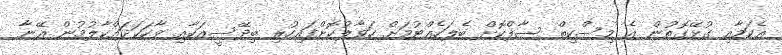
އެކަމާއި ގުޅޭގޮތުން އެ މިސްކިތް ސާފްކޮށް ބެލަހެއްޓުމަށް ހަވާލުކޮށްފައިހުރި ބިދޭސީއަކާއި ވާހަކަދައްކާލުމުން އޭނާ